Indian journal of veterinary science and animal husbandry - Volume 2,
Year: 1932
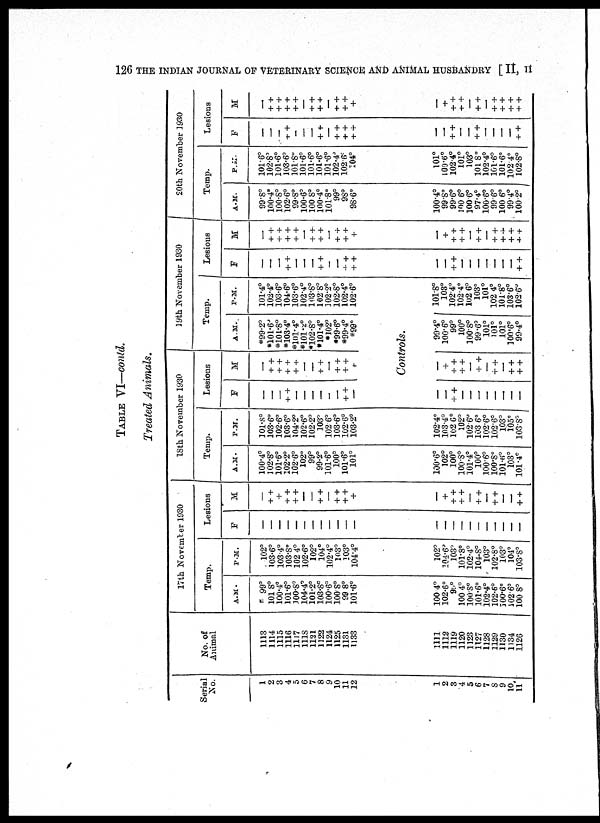
126 THE INDIAN JOURNAL OF VETERINARY SCIENCE AND ANIMAL HUSBANDRY [ II, II
TABLE VI—contd.
Treated Animals.
Serial
No.
1
2
3
4
5
6
7
8
9
10
11
12
No. of
Animal
1113
1114
1115
1116
1117
1118
1121
1122
1124
1125
1131
1133
17th November 1930
Temp.
A.M.
99°
101.8°
100.4°
101.6°
100.8°
104.4°
101.2°
103.8°
100.6°
100.8°
99.8°
101.6°
P.M.
102°
103.6°
103.4°
103.8°
102.4°
102.6°
102°
104°
102.4°
103°
103°
104.4°
Lesions
F
—
—
—
—
—
—
—
—
—
—
—
—
M
—
+ +
+
+ +
+ +
—
—
+ +
—
++
+ +
+
18th November 1930
Temp.
A.M.
100.4°
102.8°
101.6°
102.2°
102.6°
102°
99°
99.2°
101.6°
100°
101.6°
101°
P.M.
101.8°
103.6°
102.6°
103.6°
104.2°
102.6°
102.2°
103°
102.6°
103.6°
102.6°
103.2°
1
2
3
4
5
6
7
8
9
10
11
1111
1112
1119
1120
1123
1127
1128
1129
1130
1134
1126
100.4°
102.6°
99°
100.4°
100.8°
101.6°
102.4°
102.6°
300.6°
102.6°
100.8°
102°
104.6°
103°
101.8°
102.4°
104.8°
103°
102.8°
103°
104°
103.8°
—
—
—
—
—
—
—
—
—
—
—
—
+
+ +
+ +
—
+ +
—
+ +
—
—
++
100.6°
102°
100°
100.8°
101.4°
100°
100.6°
100.8°
101.6°
103°
101.4°
102.4°
103.4°
102.6°
102°
102.6°
103.6°
102.6°
102.6°
103°
105°
103.8°
Lesions
F
—
—
—
+ +
—
—
—
—
—
—
+ +
—
M
—
+ +
+ +
++
++
—
—
+ +
—
+ +
+ +
—
19th November 1930
Temp.
A.M.
*99.2°
*101.6°
*101.8°
*103.4°
*101.4°
*101.2°
*102.8°
*101.4°
*102°
*99.6°
*99.4°
*99°
P.M.
101.4°
102.4°
103.6°
104.6°
103.6°
102.4°
103.8°
102.8°
102.2°
102.8°
102.4°
102.6°
Controls.
—
—
+ +
—
—
—
—
—
—
—
—
—
+
+ +
+ +
—
+ +
—
+ +
—
+ +
+ +
99.4°
100.6°
99°
100°
100.8°
99.6°
101°
101°
101°
100.6°
99.4°
101.8°
103°
102.4°
102.4°
102.6°
103°
101°
102.4°
101.8°
103.6°
102.6°
Lesions
F
—
—
—
+ +
—
—
—
++
—
—
+ +
+ +
M
—
+ +
++
++
+ +
—
+ +
+ +
—
+ +
++
+
20th November 1930
Temp.
A.M.
99.8°
100.4°
100.8°
102.6°
99.8°
100.6°
100.8°
100.4°
101.8°
99°
98°
98.6°
P.M.
101.6°
102.8°
101.6°
103.6°
101.8°
101.6°
101.6°
101.6°
101.6°
102.4°
102.6°
104°
Lesions
F
—
—
—
+ +
—
—
—
+ +
—
+ +
+ +
+ +
M
—
+ +
+ +
+ +
+ +
—
++
++
—
++
+ +
+
—
—
+ +
—
—
—
—
—
—
—
+ +
—
+
+ +
+ +
—
+ +
—
+ +
+ +
+ +
+ +
100.4°
99.8°
99.6°
100.6°
100.6°
97.4°
100.6°
99.6°
100.6°
99.4°
100.2°
101°
100.6°
102.4°
101°
103°
101.8°
102.4°
101.6°
101.6°
102.4°
102.8°
—
—
+ +
—
—
+ +
—
—
—
—
+ +
—
+
+ +
+ +
—
+ +
—
+ +
+ +
+ +
+ +